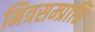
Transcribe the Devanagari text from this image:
मित्रसम्प्राप्ति